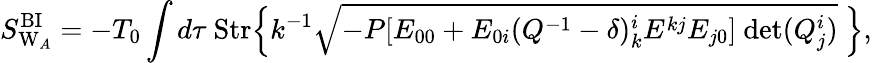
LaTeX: S_{\mathrm{W}_{A}}^{\mathrm{BI}}=-T_{0}\int d\tau~\mathrm{Str}\Bigl\{ k^{-1}\sqrt{-P[E_{00}+E_{0i}(Q^{-1}-\delta)_{k}^{i}E^{kj}E_{j0}]\ \mathrm{det}(Q_{j}^{i})}\ \Bigr\} ,